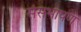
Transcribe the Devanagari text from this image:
संसभाषण